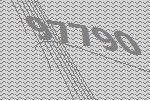
97790